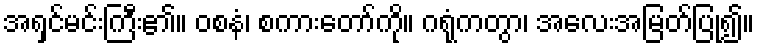
အရှင်မင်းကြီး၏။ ဝစနံ၊ စကားတော်ကို။ ဂရုံကတွာ၊ အလေးအမြတ်ပြု၍။